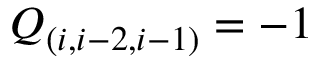
{ \cal Q } _ { ( i , i - 2 , i - 1 ) } = - 1